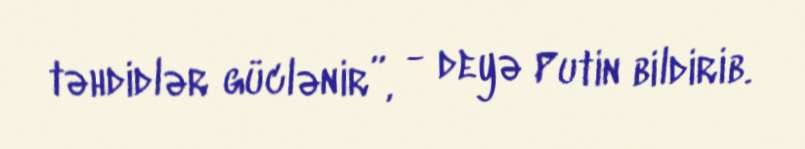
təhdidlər güclənir”, - deyə Putin bildirib.